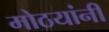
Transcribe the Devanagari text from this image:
मोठयांनीं